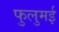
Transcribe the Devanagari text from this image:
फुलुमई